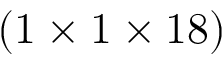
( 1 \times 1 \times 1 8 )